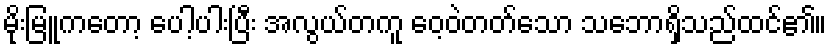
မိုးမြူကတော့ ပေါ့ပါးပြီး အလွယ်တကူ ဝေ့ဝဲတတ်သော သဘောရှိသည်ထင်၏။